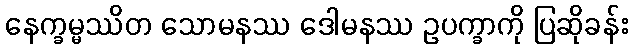
နေက္ခမ္မဿိတ သောမနဿ ဒေါမနဿ ဥပက္ခာကို ပြဆိုခန်း